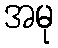
အမု